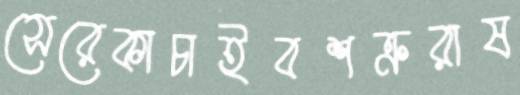
সেরেকাচাইবশত্রুরাষ